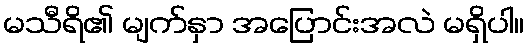
မသီရိ၏ မျက်နှာ အပြောင်းအလဲ မရှိပါ။